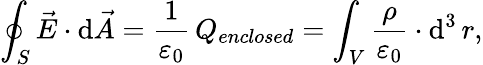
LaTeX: \oint_{S}{\vec{E}}\cdot\mathrm{d}{\vec{A}}={\frac{1}{\varepsilon_{0}}}\, Q_{enclosed}=\int_{V}{\frac{\rho}{\varepsilon_{0}}}\cdot\operatorname{d}^{3}r,